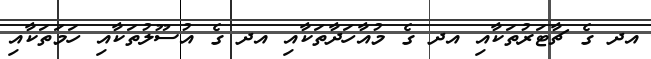
އދ ގެ ޗާޓަރުތަކާއި އދ ގެ މުއާހަދާތަކާއި އދ ގެ އުސޫލުތަކާއި ހަމަތަކާއި